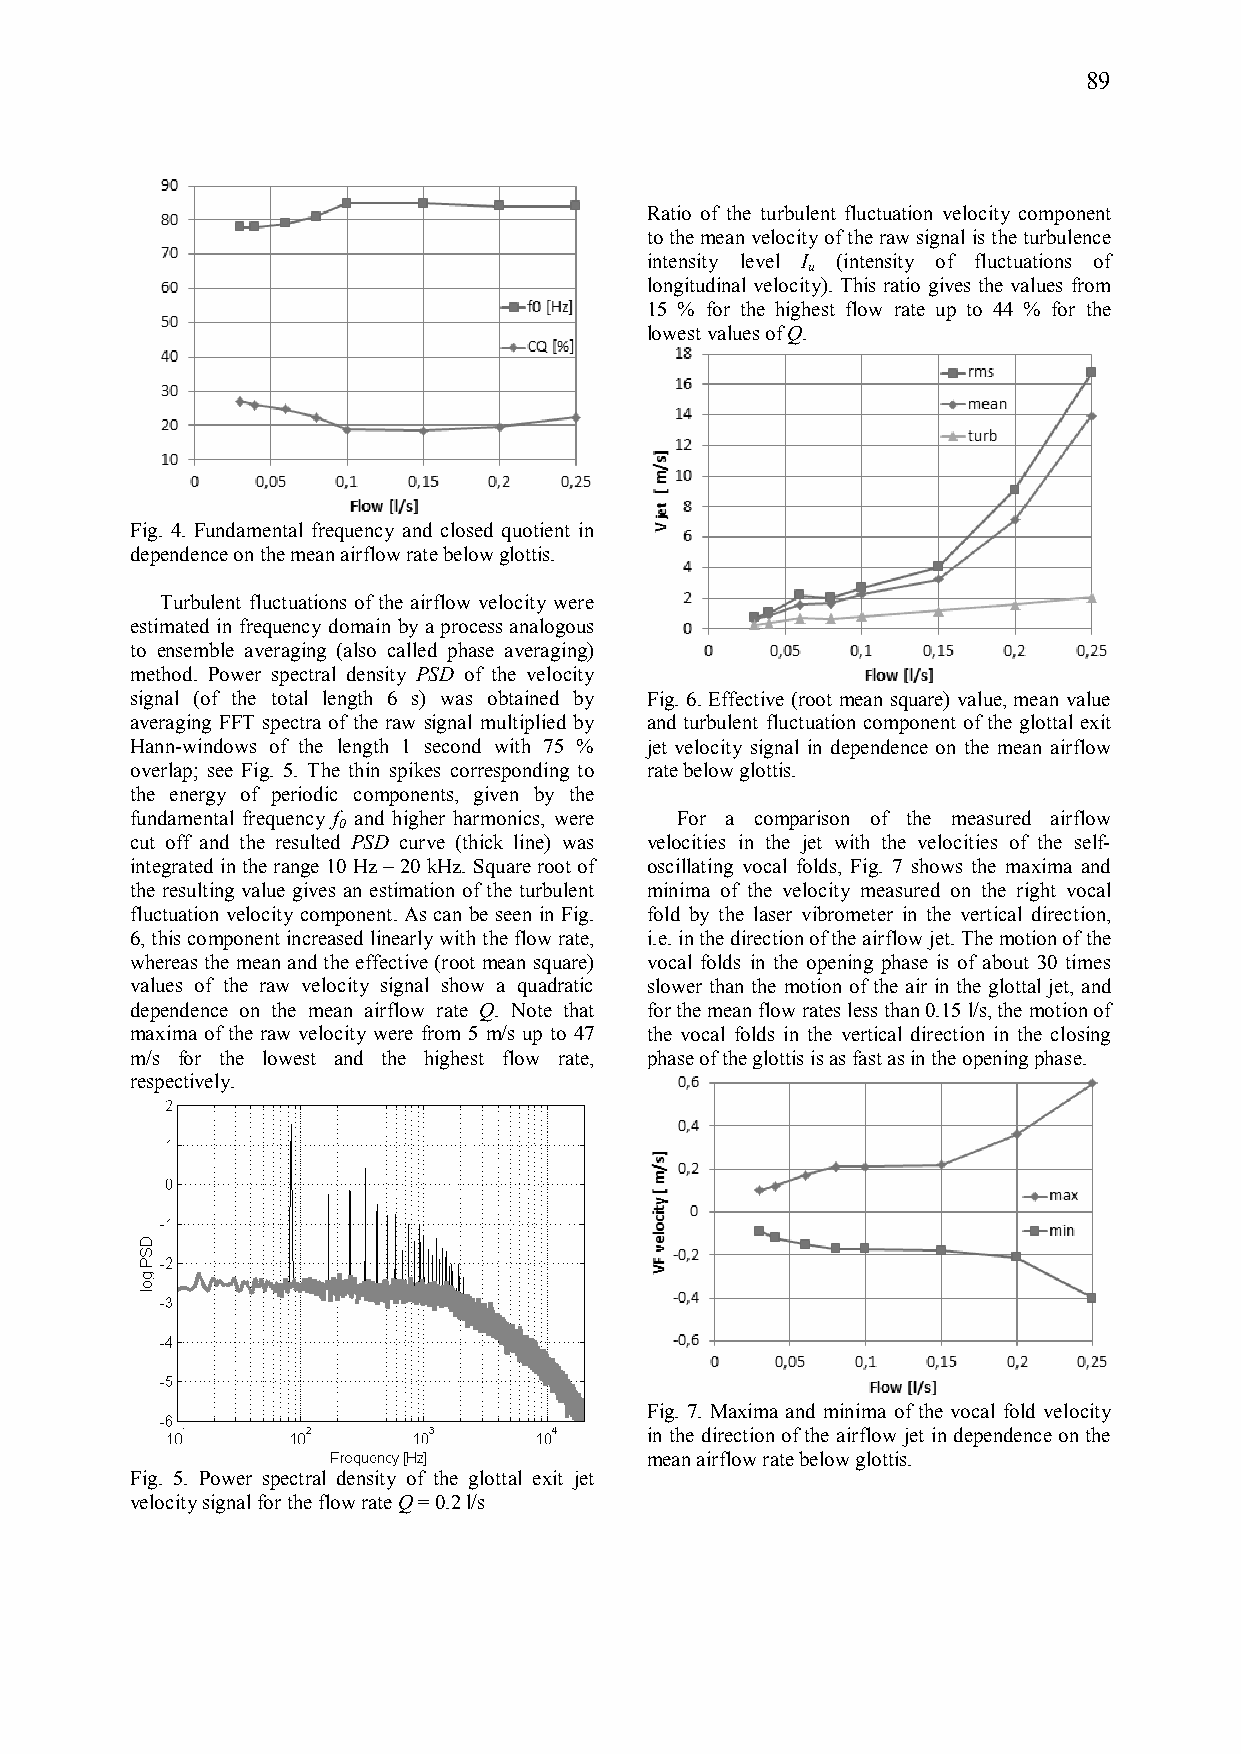
89
 Ratio of the turbulent fluctuation velocity component
 to the mean velocity of the raw signal is the turbulence
 intensity level I (intensity of fluctuations of
 u
 longitudinal velocity). This ratio gives the values from
 15 % for the highest flow rate up to 44 % for the
 lowest values of Q.
 Fig. 4. Fundamental frequency and closed quotient in
 dependence on the mean airflow rate below glottis.
 Turbulent fluctuations of the airflow velocity were
 estimated in frequency domain by a process analogous
 to ensemble averaging (also called phase averaging)
 method. Power spectral density PSD of the velocity
 signal (of the total length 6 s) was obtained by Fig. 6. Effective (root mean square) value, mean value
 averaging FFT spectra of the raw signal multiplied by and turbulent fluctuation component of the glottal exit
 Hann-windows of the length 1 second with 75 % jet velocity signal in dependence on the mean airflow
 overlap; see Fig. 5. The thin spikes corresponding to rate below glottis.
 the energy of periodic components, given by the
 fundamental frequency f and higher harmonics, were For a comparison of the measured airflow
 0
 cut off and the resulted PSD curve (thick line) was velocities in the jet with the velocities of the self-
 integrated in the range 10 Hz – 20 kHz. Square root of oscillating vocal folds, Fig. 7 shows the maxima and
 the resulting value gives an estimation of the turbulent minima of the velocity measured on the right vocal
 fluctuation velocity component. As can be seen in Fig. fold by the laser vibrometer in the vertical direction,
 6, this component increased linearly with the flow rate, i.e. in the direction of the airflow jet. The motion of the
 whereas the mean and the effective (root mean square) vocal folds in the opening phase is of about 30 times
 values of the raw velocity signal show a quadratic slower than the motion of the air in the glottal jet, and
 dependence on the mean airflow rate Q. Note that for the mean flow rates less than 0.15 l/s, the motion of
 maxima of the raw velocity were from 5 m/s up to 47 the vocal folds in the vertical direction in the closing
 m/s for the lowest and the highest flow rate, phase of the glottis is as fast as in the opening phase.
 respectively.
 Fig. 7. Maxima and minima of the vocal fold velocity
 in the direction of the airflow jet in dependence on the
 mean airflow rate below glottis.
 Fig. 5. Power spectral density of the glottal exit jet
 velocity signal for the flow rate Q = 0.2 l/s